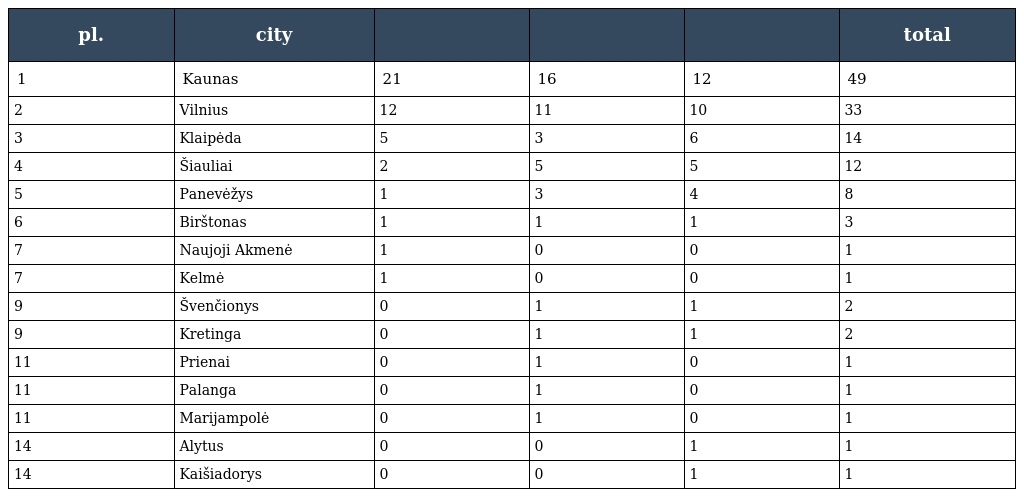
| pl. | city |  |  |  | total |
 | --- | --- | --- | --- | --- | --- |
 | 1 | Kaunas | 21 | 16 | 12 | 49 |
 | 2 | Vilnius | 12 | 11 | 10 | 33 |
 | 3 | Klaipėda | 5 | 3 | 6 | 14 |
 | 4 | Šiauliai | 2 | 5 | 5 | 12 |
 | 5 | Panevėžys | 1 | 3 | 4 | 8 |
 | 6 | Birštonas | 1 | 1 | 1 | 3 |
 | 7 | Naujoji Akmenė | 1 | 0 | 0 | 1 |
 | 7 | Kelmė | 1 | 0 | 0 | 1 |
 | 9 | Švenčionys | 0 | 1 | 1 | 2 |
 | 9 | Kretinga | 0 | 1 | 1 | 2 |
 | 11 | Prienai | 0 | 1 | 0 | 1 |
 | 11 | Palanga | 0 | 1 | 0 | 1 |
 | 11 | Marijampolė | 0 | 1 | 0 | 1 |
 | 14 | Alytus | 0 | 0 | 1 | 1 |
 | 14 | Kaišiadorys | 0 | 0 | 1 | 1 |